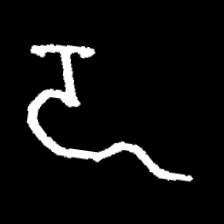
Pyu character \u2014 Myanmar letter: ဍ (romanized: dda)